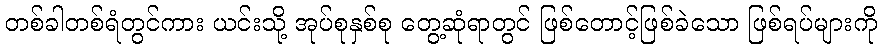
တစ်ခါတစ်ရံတွင်ကား ယင်းသို့ အုပ်စုနှစ်စု တွေ့ဆုံရာတွင် ဖြစ်တောင့်ဖြစ်ခဲသော ဖြစ်ရပ်များကို